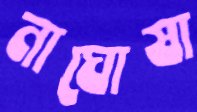
নাঘোষা